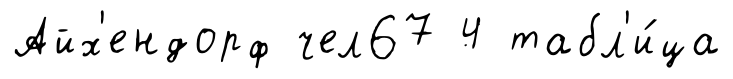
Айх'ендорф чел67 4 табл'и́ца